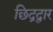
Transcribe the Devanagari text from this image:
छिद्रद्वार